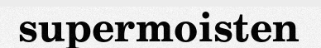
supermoisten